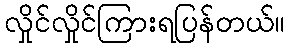
လှိုင်လှိုင်ကြားရပြန်တယ်။